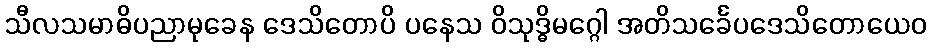
သီလသမာဓိပညာမုခေန ဒေသိတောပိ ပနေသ ဝိသုဒ္ဓိမဂ္ဂေါ အတိသင်္ခေပဒေသိတောယေဝ